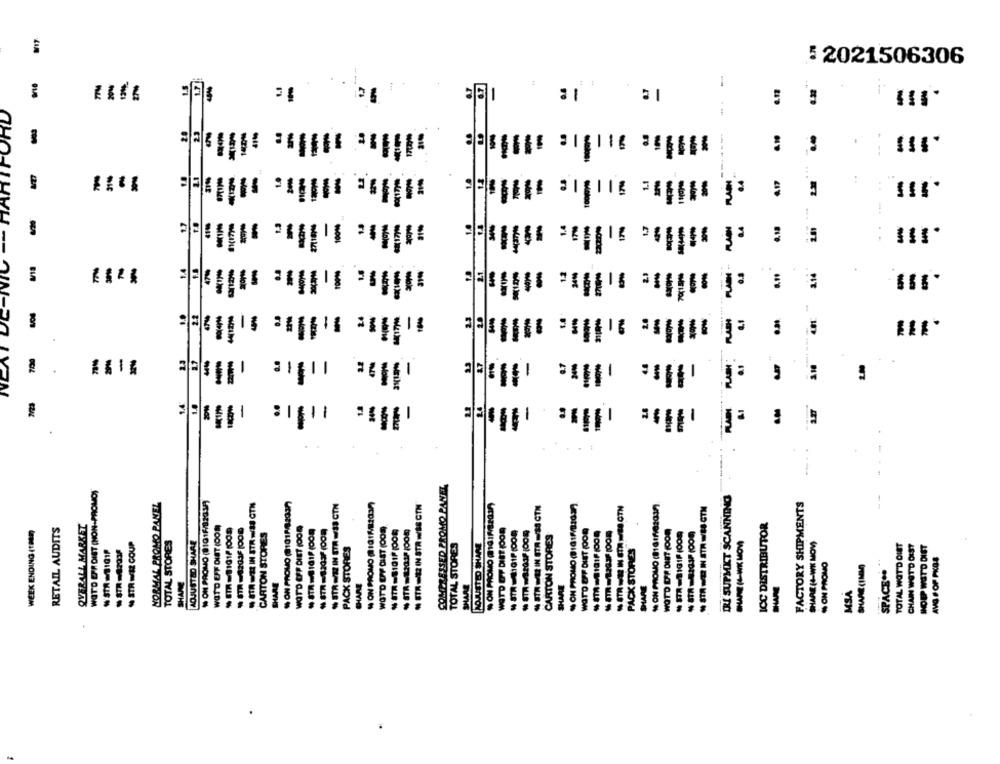
M17
5 2021506306
-
ORD
: :
TARI
: .
-
-
2.81
: 5
2.14
.
700
the The IIisee
NC
COMPRESSED PROMO PANTE
WOT'D ER DIST (NON-PROMO)
IRL SUPMKT SCANNING
--
MORMAL PROMO PANEL
" ON PROMO (8101F/32034)
STA WAR IN STR N/38 CTN
% ON PROMO (8101//82037)
% STR WE IN STR =33 CTN
NON PROMO (101MI2037)
N STR=42 IN STR W/88 CTN
MON PROMO @14 IF/S2017
NON PROLO (81811/82037)
FACTORY SHIPMENTS
₩ STR - IN STA-/38 GTN
- STA - IN STR W/18 CTN
RETAIL AUDITS
OVERALL MARKET
WOTD EFF DIBT (CON
WOTD OFF DIET (009
ICC DISTRIBUTOR
WEEK ENDING (THE)
₩ STR=8203F 1008
CARTON STORES
WOTD EFF DIST (OOR
* STR=1203P 1005)
WATD ET DIET (OOR
WATD OFF DIET POOR
WOTD D'E DIT (CON
STRA COUP
TOTAL STORES
ADJUSTED SHARE
LOJUSTED SHARE
CARTON STORES
SHARE (4-WK MOM
SHARE (4-WK MOW)
TOTAL WOT'D DIET
W'STA -BIG1P
PACK STORES
TOTAL STORES
PACK STORES
CHAIN WOTD 0IST
HOEP WSTO DIET
AVG POP PKGS
₩ ON PROMO
SHARE (1MM)
SPACE **
SHARE
CHARE
SHARE
SHARE
SHARE
MSA